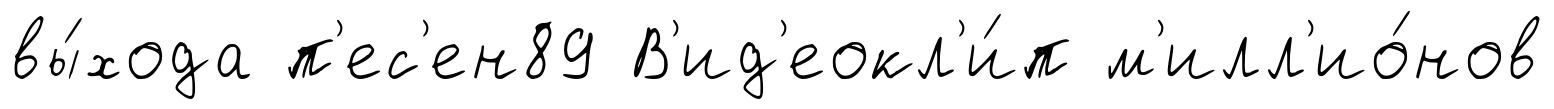
вы́хода п'ес'ен89 В'ид'еокл'и́п м'илл'ио́нов